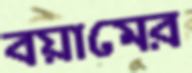
বয়ামের